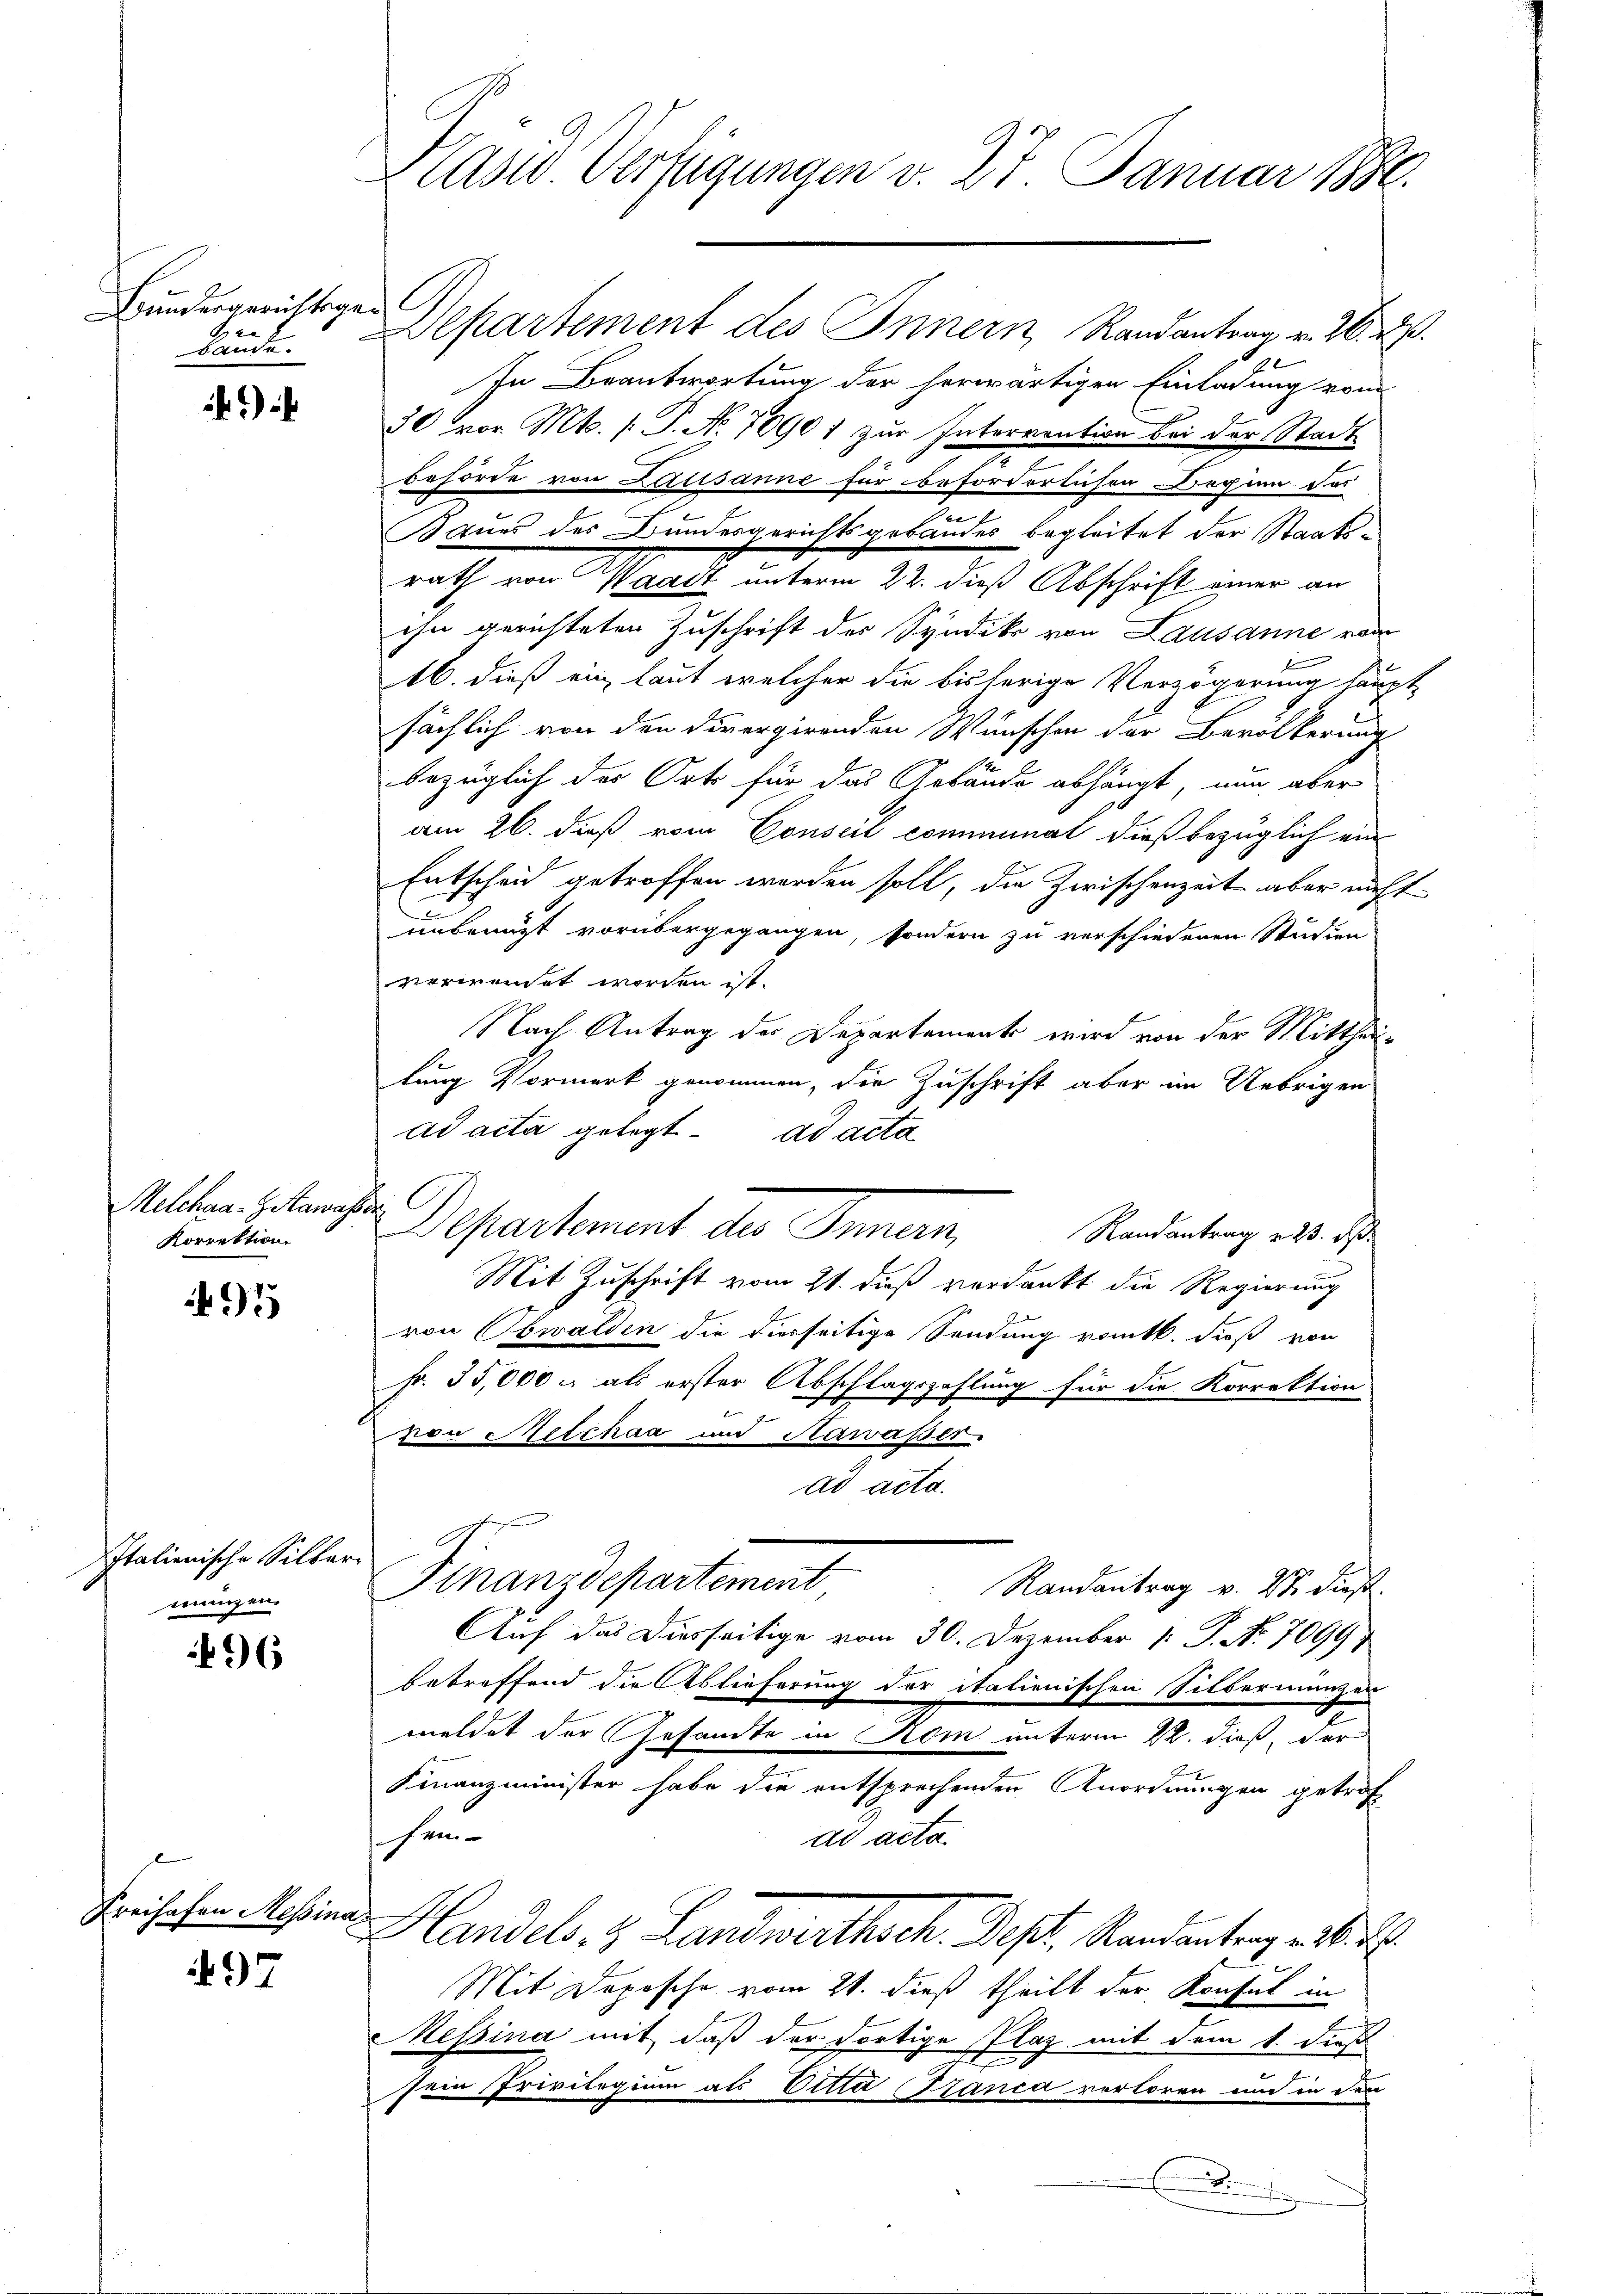
Bundesgerichtigen
G
Bande.

Hetchaa-Getawas
Korrektion

95

Italienische Silbermungen.

96

Freihafen Messina

497

Präses Verfügungen v. 27 Januar 1881.

Departement des Innern Randantrag v. 26. d.
In Beantwortung der herwärtigen Einladung vom
30 vor. Mts. (T. No 70901 zur Interrention bei der Stadt
Behörde von Lausanne für beforderlichen Beginn der
n
Baues des Bundesgerichtsgebäudes begleitet der Staatsrath von Waadt unterm 22. dieß Abschrift einer an
ihn gerichteten Zuschrift der Syndiko von Lausanne vom
16. dieß ein, laut welcher die bisherige Verzögerung haupt
sächlich von den divergirenden Wünschen der Bevölkerung
bezüglich des Orts für das Gebäude abhängt, nun aber
am 26. dieß vom Conseil comiminat dieß bezüglich ein
Entscheid getroffen worden soll, die Zwischenzeit aber nicht
unbenutzt vorübergegangen, sondern zu verschiedenen Studien
verwendet worden ist.
Nach Antrag der Departement wird von der Mittheillung Vormerk genommen, die Zuschrift aber im Uebrigen
ad acta gelegt. ad acta
t
Departement der Finan
Randantrag v. 23. ds.
Mit Zuschrift vom 21. dieß verdankt die Regierung
von Obwalden die diesseitige Sendung vomtl. dieß von
Fr. 35,000 u. als erster Abschlagszahlung für die Korrektion
von Melchaa und Nawaßer
ad acta.
Finanzdepartement
Randantrag v. 18. dieß.
Auf das Diesseitige vom 30. Dezember 1. P. No. 7099)
betreffend die Ablieferung der italienischen Silbermanzen
meldet der Gesandte in Rom unterm 22. dieß, der
Finanzminister habe die entsprechenden Anordnungen getrof
hem
dd acta.
Handels- & Landwirthsch. Sept. Randantrag . . .
Mit Depesche vom 21. dieß theilt der Konsul in
Messina mit, daß der dortige Plaz mit dem 1. dieß
sein Privilegium als Vita Tanca verloren und in den
.